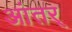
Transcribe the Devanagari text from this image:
आंतर्